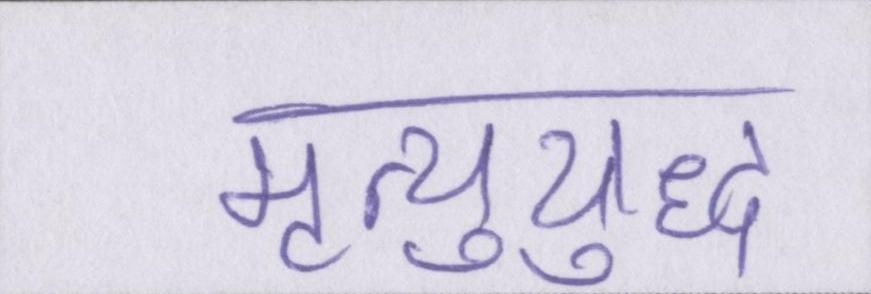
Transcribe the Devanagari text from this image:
मृत्युयुद्ध